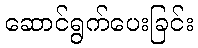
ဆောင်ရွက်ပေးခြင်း